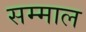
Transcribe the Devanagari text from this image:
सम्माल